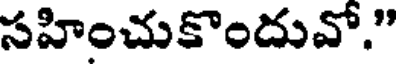
సహించుకొందువో."